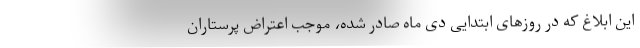
این ابلاغ که در روزهای ابتدایی دی ماه صادر شده، موجب اعتراض پرستاران